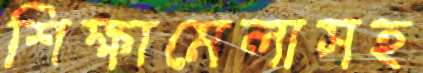
শিক্ষামেলাসহ